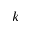
k